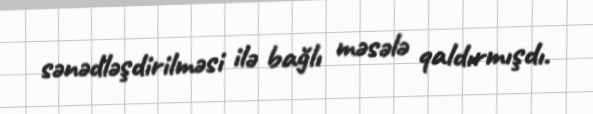
sənədləşdirilməsi ilə bağlı məsələ qaldırmışdı.